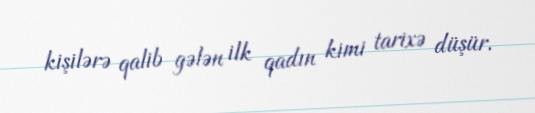
kişilərə qalib gələn ilk qadın kimi tarixə düşür.